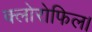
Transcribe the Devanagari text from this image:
क्लोरोफिल।